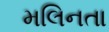
મલિનતા